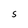
Character: s